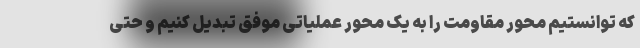
که توانستیم محور مقاومت را به یک محور عملیاتی موفق تبدیل کنیم و حتی